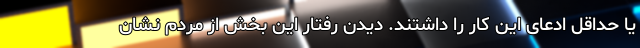
یا حداقل ادعای این کار را داشتند. دیدن رفتار این بخش از مردم نشان